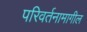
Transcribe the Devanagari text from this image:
परिवर्तनामागील